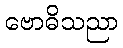
ဗောဓိသညာ